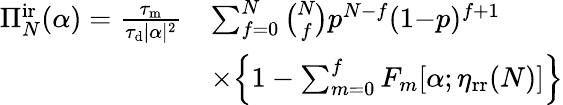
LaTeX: \begin{array}{rl}{\Pi_{N}^{\mathrm{ir}}(\alpha)=\frac{\tau_{\mathrm{m}}}{\tau_{\mathrm{d}}|\alpha|^{2}}}&{\sum_{f=0}^{N}\binom{N}{f}p^{N-f}(1{-}p)^{f+1}}\\ &{\times\Big\{ 1-\sum_{m=0}^{f}F_{m}[\alpha;\eta_{\mathrm{rr}}(N)]\Big\} }\end{array}